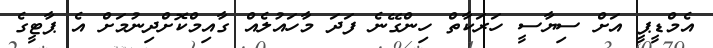
އެމްޑީޕީ އަށް ސިޔާސީ ހަރަކާތް ހިންގޭނެ ފަދަ މާހައުލެއް ގާއިމްކޮށްދިނުމަށް އެ ޕާޓީގެ